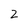
Character: 2